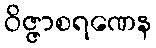
ဝိဇ္ဇာစရဏေန